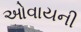
ઓવાયની